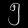
Digit: ၅